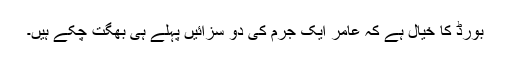
بورڈ کا خیال ہے کہ عامر ایک جرم کی دو سزائیں پہلے ہی بھگت چکے ہیں۔